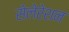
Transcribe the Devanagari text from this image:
सेलेरेशन